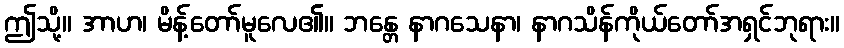
ဤသို့။ အာဟ၊ မိန့်တော်မူလေ၏။ ဘန္တေ နာဂသေနာ၊ နာဂသိန်ကိုယ်တော်အရှင်ဘုရား။